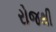
રોજથી